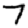
Digit: 7